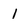
Character: 1